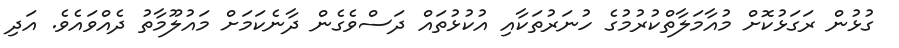
ގުޅުން ރަގަޅުކޮށް މުއާމަލާތްކުރުމުގެ ހުނަރުތަކާއި އުކުޅުތައް ދަސްވެގެން ދާނެކަމަށް މައުލޫމާތު ދެއްވައެވެ. އަދި